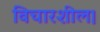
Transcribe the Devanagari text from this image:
विचारशील।